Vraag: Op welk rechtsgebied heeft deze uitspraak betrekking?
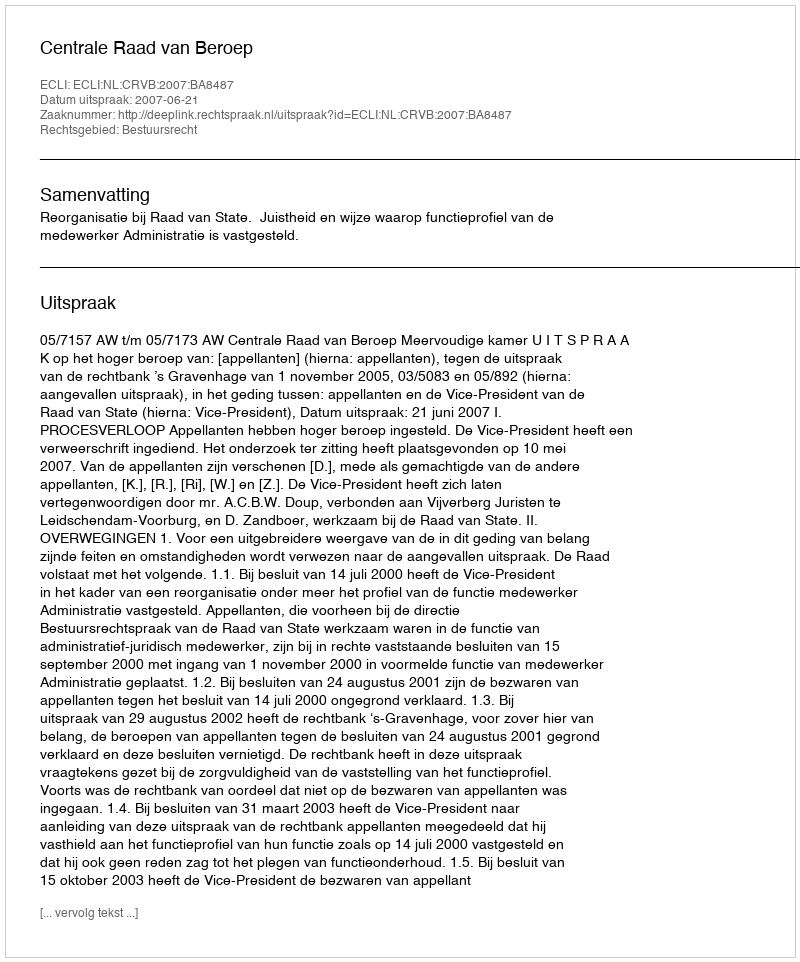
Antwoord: Bestuursrecht